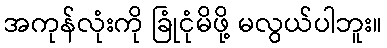
အကုန်လုံးကို ခြုံငုံမိဖို့ မလွယ်ပါဘူး။